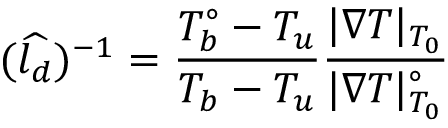
( \widehat { l _ { d } } ) ^ { - 1 } = \frac { T _ { b } ^ { \circ } - T _ { u } } { T _ { b } - T _ { u } } \frac { | \nabla T | _ { T _ { 0 } } } { | \nabla T | _ { T _ { 0 } } ^ { \circ } }